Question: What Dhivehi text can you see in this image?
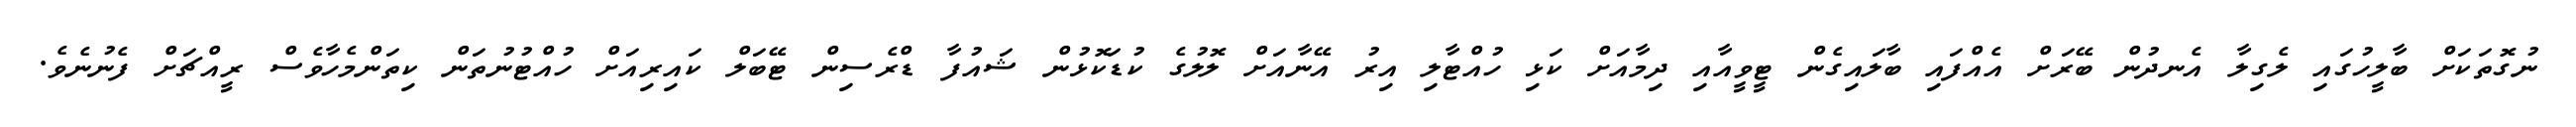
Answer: ނުގޮތަކަށް ބާލީހުގައި ލެގިލާ އެނދުން ބޭރަށް އެއްފައި ބާލައިގެން ޓީވީއާއި ދިމާއަށް ކަޅި ހުއްޓާލި އިރު އޭނާއަށް ލޮލުގެ ކުޑަކޮޅުން ޝައުފާ ޑްރެސިން ޓޭބަލް ކައިރިއަށް ހުއްޓުނުތަން ކިތަންމެހާވެސް ރީއްޗަށް ފެނުނެވެ.